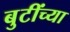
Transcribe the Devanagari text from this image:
बुटींच्या